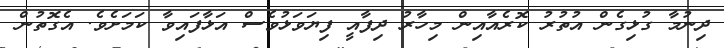
ދިނުމާ ގުޅިގެން އުތުރު ކޮރެއާއިން މިހާރު ދިފާއީ ފިޔަވަޅުވެސް އަޅާފައިވާ ކަމަށެވެ. އެގޮތުން